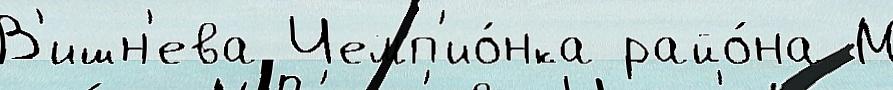
В'ишн'ева Чемп'ио́нка райо́на М